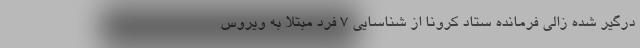
درگیر شده زالی فرمانده ستاد کرونا از شناسایی ۷ فرد مبتلا به ویروس